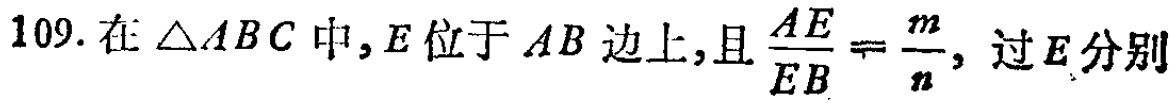
109. 在$\triangle ABC$中,$E$位于$AB$边上,且$\frac{AE}{EB}=\frac{m}{n}$, 过$E$分别